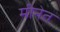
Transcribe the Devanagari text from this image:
मीनेत